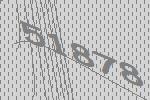
51878